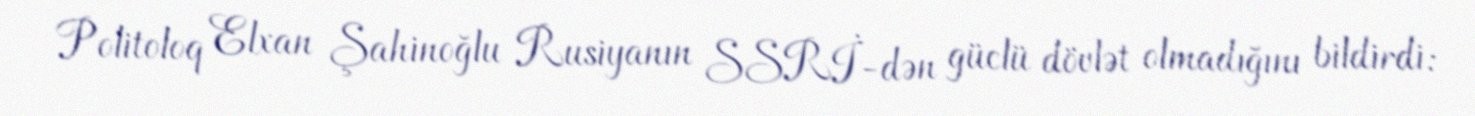
Politoloq Elxan Şahinoğlu Rusiyanın SSRİ-dən güclü dövlət olmadığını bildirdi: